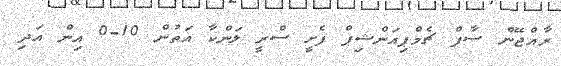
ރާއްޖޭން ސާފް ޗެމްޕިއަންޝިޕް ފެށީ ސްރީ ލަންކާ އަތުން 10-0 އިން އަދި